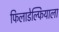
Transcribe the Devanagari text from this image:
फिलाडेल्फियाला